Civil Veterinary Department Bengal reports 1923-33 - 1923-1933
Year: 1923
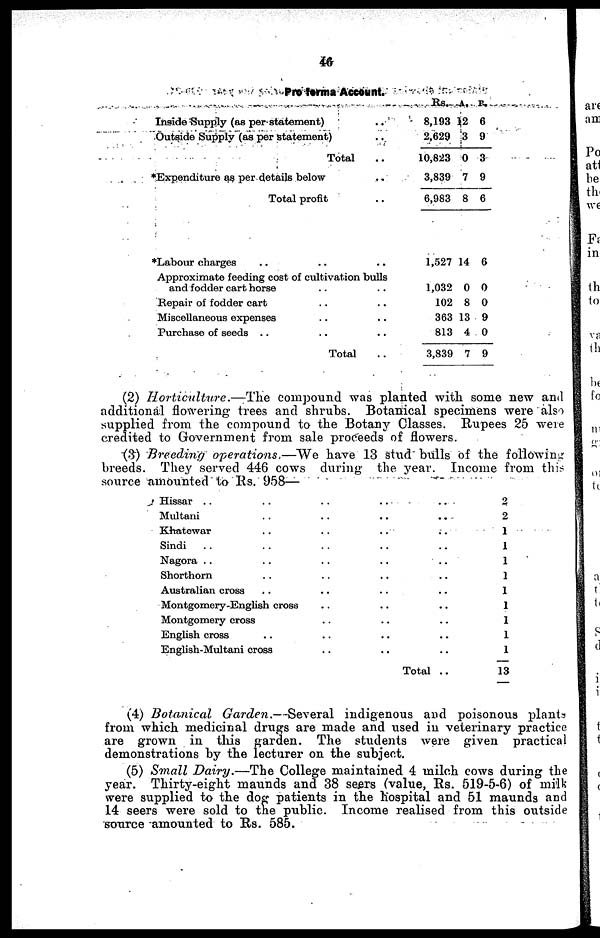
46
Pre forma Account.
Inside Supply (as per statement) ..
Outside Supply (as per statement) ..
Total ..
*Expenditure as per details below ..
Total profit ..
Rs.
8,193
2,629
10,823
3,839
6,983
A.
12
3
0
7
8
P.
6
9
3
9
6
*Labour charges .. .. ..
Approximate feeding cost of cultivation bulls
and fodder cart horse .. ..
Repair of fodder cart .. ..
Miscellaneous expenses .. ..
Purchase of seeds .. .. ..
Total ..
1,527
1,032
102
363
813
3,839
14
0
8
13
4
7
6
0
0
9
0
9
(2) Horticulture.—The
compound was planted with some new and
additional flowering trees and shrubs. Botanical specimens were also
supplied from the compound to the Botany Classes. Rupees 25 were
credited to Government from sale proceeds of flowers.
(3) Breeding operations.—We
have 13 stud bulls of the following
breeds. They served 446 cows during the year. Income from this
source amounted to Rs. 958—
Hissar .. .. .. .. ..
Multani .. .. .. .. ..
Khatewar .. .. .. ..
Sindi .. .. .. .. ..
Nagora .. .. . . . .
Shorthorn
Australian cross
Montgomery-English cross .. .. ..
Montgomery cross
English cross
English-Multani cross .. .. ..
Total ..
2
2
1
1
1
1
1
1
1
1
1
13
(4) Botanical Garden.—Several
indigenous and poisonous plants
from which medicinal drugs are made and used in veterinary practice
are grown in this garden. The students were given practical
demonstrations by the lecturer on the subject.
(5) Small Dairy.—The College maintained 4 milch cows during the
year. Thirty-eight maunds and 38 seers (value, Rs. 519-5-6) of milk
were supplied to the dog patients in the hospital and 51 maunds and
14 seers were sold to the public. Income realised from this outside
source amounted to Rs. 585.